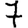
Digit: 7